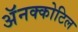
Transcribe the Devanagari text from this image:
अॅनक्कोटिल